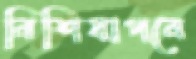
নিশিযাপনে